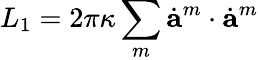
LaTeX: L_{1}=2\pi\kappa\sum_{m}\dot{\mathbf a}^{m}\cdot\dot{\mathbf a}^{m}